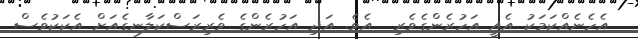
އެހެނެއްކަމަކު އެއީ އަހުރެންގެވެރި  އެވެ. އަދި އަހުރެންގެ ވެރިރަސްކަލާނގެއަށް އެކަކުވެސް